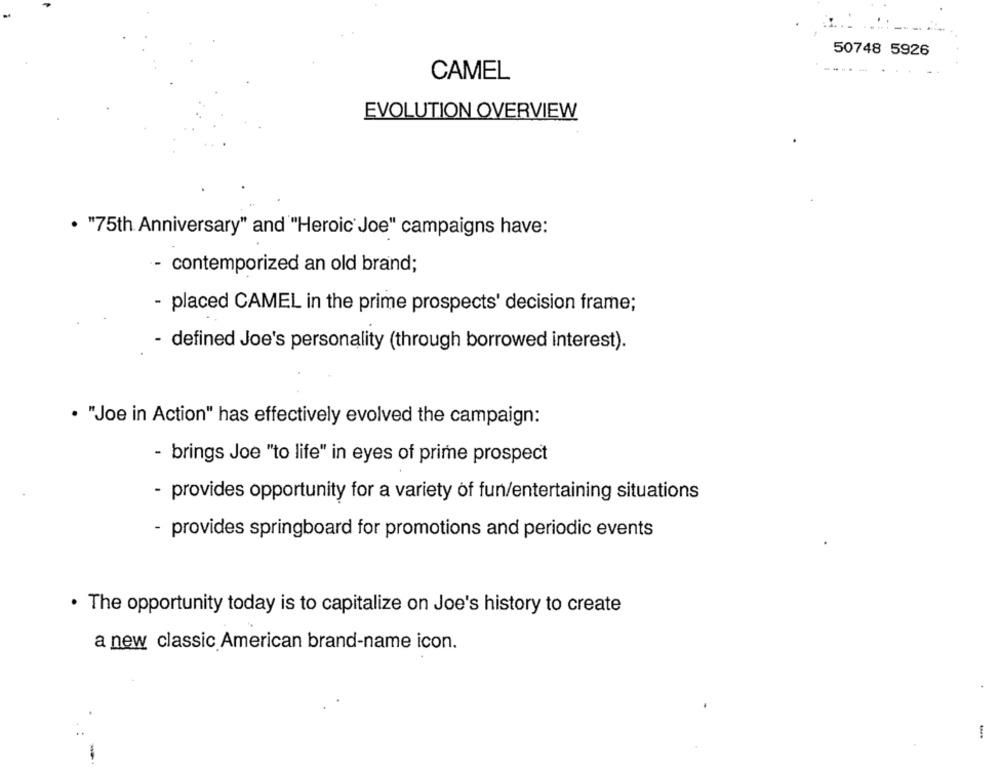
50748 5926
CAMEL
EVOLUTION OVERVIEW
· "75th Anniversary" and "Heroic Joe" campaigns have:
- contemporized an old brand;
- placed CAMEL in the prime prospects' decision frame;
- defined Joe's personality (through borrowed interest).
. "Joe in Action" has effectively evolved the campaign:
- brings Joe "to life" in eyes of prime prospect
- provides opportunity for a variety of fun/entertaining situations
- provides springboard for promotions and periodic events
· The opportunity today is to capitalize on Joe's history to create
a new classic American brand-name icon.
-